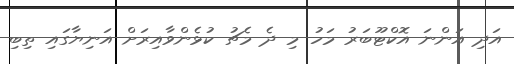
އަދި އަންނަ އޮކްޓޫބަރު މަހު މި ދެ މެޗު ކުޅެންވާއިރަށް އަނިޔާގައި ތިބި